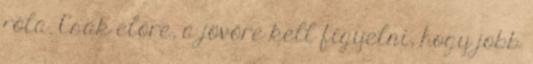
róla. Csak előre, a jövőre kell figyelni, hogy jobb